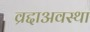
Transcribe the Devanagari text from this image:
व्रद्दाअवस्था